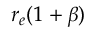
r _ { e } ( 1 + \beta )